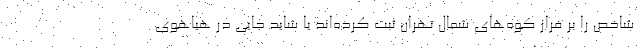
شاخص را بر فراز کوه‌های شمال تهران ثبت کرده‌اند یا شاید جایی در هیاهوی